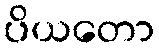
ပိယတော